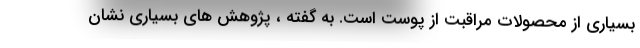
بسیاری از محصولات مراقبت از پوست است. به گفته ، پژوهش های بسیاری نشان